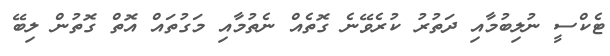
ޓެކްސީ ނުލިބުމާއި ދަތުރު ކުރެވޭނެ ގޮތެއް ނެތުމާއި މަގުތައް އޮތް ގޮތުން ލިބޭ